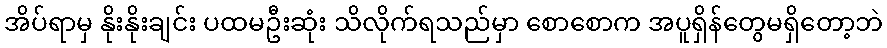
အိပ်ရာမှ နိုးနိုးချင်း ပထမဦးဆုံး သိလိုက်ရသည်မှာ စောစောက အပူရှိန်တွေမရှိတော့ဘဲ